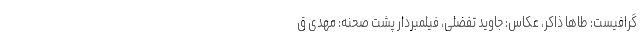
گرافیست: طاها ذاکر، عکاس: جاوید تفضلی، فیلمبردار پشت صحنه: مهدی ق